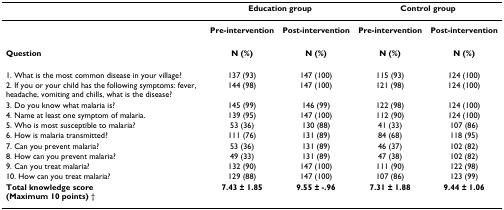
<table><thead><tr><td></td><td colspan="2"><b>Education group</b></td><td colspan="2"><b>Control group</b></td></tr></thead><tbody><tr><td></td><td><b>Pre-intervention</b></td><td><b>Post-intervention</b></td><td><b>Pre-intervention</b></td><td><b>Post-intervention</b></td></tr><tr><td><b>Question</b></td><td><b>N (%)</b></td><td><b>N (%)</b></td><td><b>N (%)</b></td><td><b>N (%)</b></td></tr><tr><td>1. What is the most common disease in your village?</td><td>137 (93)</td><td>147 (100)</td><td>115 (93)</td><td>124 (100)</td></tr><tr><td>2. If you or your child has the following symptoms: fever, headache, vomiting and chills, what is the disease?</td><td>144 (98)</td><td>147 (100)</td><td>121 (98)</td><td>124 (100)</td></tr><tr><td>3. Do you know what malaria is?</td><td>145 (99)</td><td>146 (99)</td><td>122 (98)</td><td>124 (100)</td></tr><tr><td>4. Name at least one symptom of malaria.</td><td>139 (95)</td><td>147 (100)</td><td>112 (90)</td><td>124 (100)</td></tr><tr><td>5. Who is most susceptible to malaria?</td><td>53 (36)</td><td>130 (88)</td><td>41 (33)</td><td>107 (86)</td></tr><tr><td>6. How is malaria transmitted?</td><td>111 (76)</td><td>131 (89)</td><td>84 (68)</td><td>118 (95)</td></tr><tr><td>7. Can you prevent malaria?</td><td>53 (36)</td><td>131 (89)</td><td>46 (37)</td><td>102 (82)</td></tr><tr><td>8. How can you prevent malaria?</td><td>49 (33)</td><td>131 (89)</td><td>47 (38)</td><td>102 (82)</td></tr><tr><td>9. Can you treat malaria?</td><td>132 (90)</td><td>147 (100)</td><td>111 (90)</td><td>122 (98)</td></tr><tr><td>10. How can you treat malaria?</td><td>129 (88)</td><td>147 (100)</td><td>107 (86)</td><td>123 (99)</td></tr><tr><td><b>Total knowledge score </b><b>(Maximum 10 points) </b>†</td><td><b>7.43 ± 1.85</b></td><td><b>9.55 ± -.96</b></td><td><b>7.31 ± 1.88</b></td><td><b>9.44 ± 1.06</b></td></tr></tbody></table>